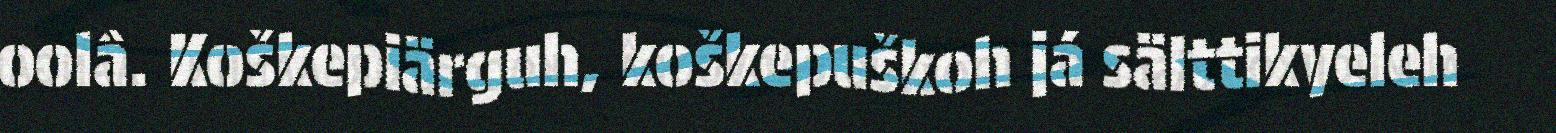
oolâ. Koškepiärguh, koškepuškoh já sälttikyeleh